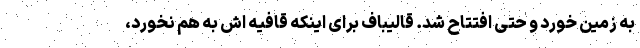
به زمین خورد و حتی افتتاح شد. قالیباف برای اینکه قافیه اش به هم نخورد،